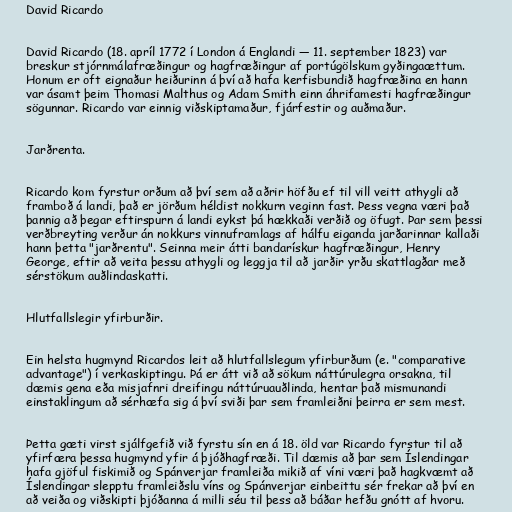
David Ricardo

David Ricardo (18. apríl 1772 í London á Englandi — 11. september 1823) var
breskur stjórnmálafræðingur og hagfræðingur af portúgölskum gyðingaættum.
Honum er oft eignaður heiðurinn á því að hafa kerfisbundið hagfræðina en hann
var ásamt þeim Thomasi Malthus og Adam Smith einn áhrifamesti hagfræðingur
sögunnar. Ricardo var einnig viðskiptamaður, fjárfestir og auðmaður.

Jarðrenta.

Ricardo kom fyrstur orðum að því sem að aðrir höfðu ef til vill veitt athygli að
framboð á landi, það er jörðum héldist nokkurn veginn fast. Þess vegna væri það
þannig að þegar eftirspurn á landi eykst þá hækkaði verðið og öfugt. Þar sem þessi
verðbreyting verður án nokkurs vinnuframlags af hálfu eiganda jarðarinnar kallaði
hann þetta "jarðrentu". Seinna meir átti bandarískur hagfræðingur, Henry
George, eftir að veita þessu athygli og leggja til að jarðir yrðu skattlagðar með
sérstökum auðlindaskatti.

Hlutfallslegir yfirburðir.

Ein helsta hugmynd Ricardos leit að hlutfallslegum yfirburðum (e. "comparative
advantage") í verkaskiptingu. Þá er átt við að sökum náttúrulegra orsakna, til
dæmis gena eða misjafnri dreifingu náttúruauðlinda, hentar það mismunandi
einstaklingum að sérhæfa sig á því sviði þar sem framleiðni þeirra er sem mest.

Þetta gæti virst sjálfgefið við fyrstu sín en á 18. öld var Ricardo fyrstur til að
yfirfæra þessa hugmynd yfir á þjóðhagfræði. Til dæmis að þar sem Íslendingar
hafa gjöful fiskimið og Spánverjar framleiða mikið af víni væri það hagkvæmt að
Íslendingar slepptu framleiðslu víns og Spánverjar einbeittu sér frekar að því en
að veiða og viðskipti þjóðanna á milli séu til þess að báðar hefðu gnótt af hvoru.